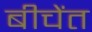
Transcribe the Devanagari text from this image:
बीचेंत